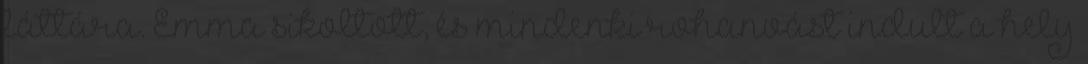
láttára. Emma sikoltott, és mindenki rohanvást indult a hely